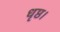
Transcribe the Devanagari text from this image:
धृष्ठ।